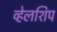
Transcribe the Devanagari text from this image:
व्हेलशिप